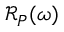
\mathscr { R } _ { P } ( \omega )